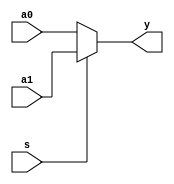
//////////////////////////////////////////////////////////////////////////////////
// Module Name: 2to1 Multiplexer - If Else
// Description: 
// Revision:
// 09.05.2020 -> Revision 0.01 - Created
//////////////////////////////////////////////////////////////////////////////////

`timescale 1ns / 1ps

module mux2to1_behavioral(  input a0,
                            input a1,
                            input s,
                            output y );
    reg r_y;
                
    always @ (s or a0 or a1) begin
        if(s) begin
            r_y = a1;
        end else begin
            r_y = a0;
        end
    end
    
    assign y = r_y;
endmodule